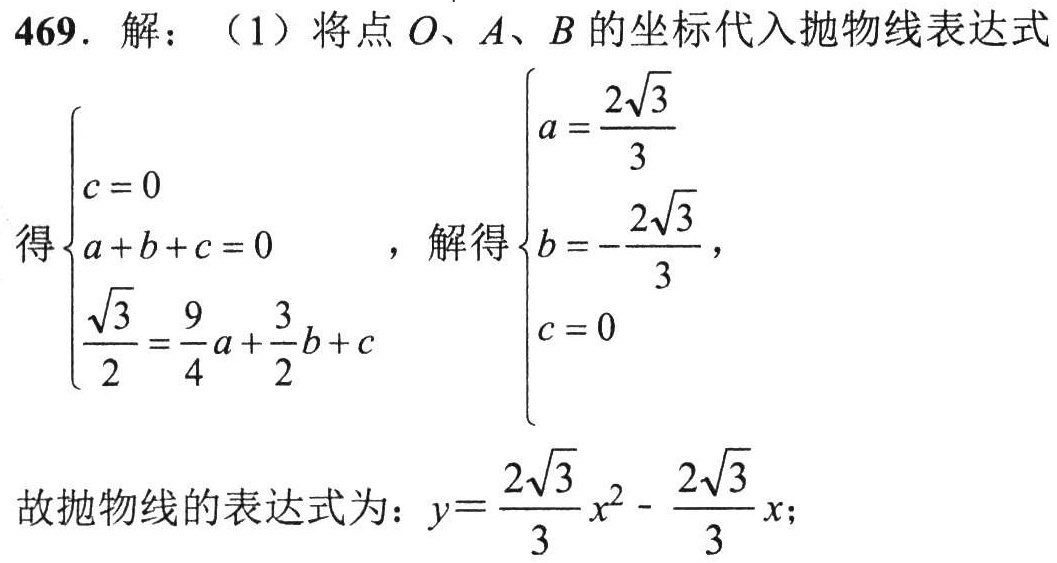
469. 解：（1）将点\(O\)、\(A\)、\(B\)的坐标代入抛物线表达式
得\(\begin{cases}c = 0\\a + b + c = 0\\\dfrac{\sqrt{3}}{2}=\dfrac{9}{4}a+\dfrac{3}{2}b + c\end{cases}\)，解得\(\begin{cases}a=\dfrac{2\sqrt{3}}{3}\\b = -\dfrac{2\sqrt{3}}{3}\\c = 0\end{cases}\)，
故抛物线的表达式为：\(y=\dfrac{2\sqrt{3}}{3}x^{2}-\dfrac{2\sqrt{3}}{3}x\)；